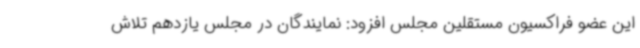
این عضو فراکسیون مستقلین مجلس افزود: نمایندگان در مجلس یازدهم تلاش